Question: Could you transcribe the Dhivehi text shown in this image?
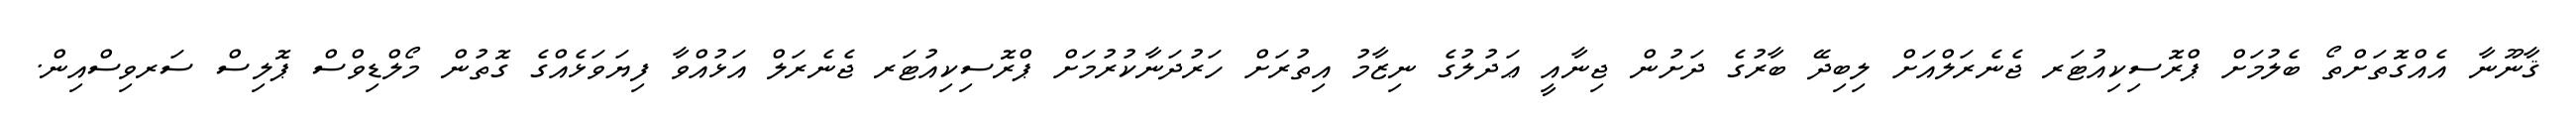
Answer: ޤާނޫނާ އެއްގޮތަށްތޯ ބެލުމަށް ޕްރޮސިކިއުޓަރ ޖެނެރަލްއަށް ލިބިދޭ ބާރުގެ ދަށުން ޖިނާއީ ޢަދުލުގެ ނިޒާމު އިތުރަށް ހަރުދަނާކުރުމަށް ޕްރޮސިކިއުޓަރ ޖެނެރަލް އަޅުއްވާ ފިޔަވަޅެއްގެ ގޮތުން މޯލްޑިވްސް ޕޮލިސް ސަރވިސްއިން.